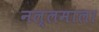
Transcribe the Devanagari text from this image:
नल्लमाला